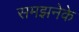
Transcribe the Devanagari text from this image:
समझनेके